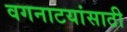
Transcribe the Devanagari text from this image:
वगनाटयांसाठी